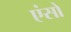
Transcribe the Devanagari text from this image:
एंसो